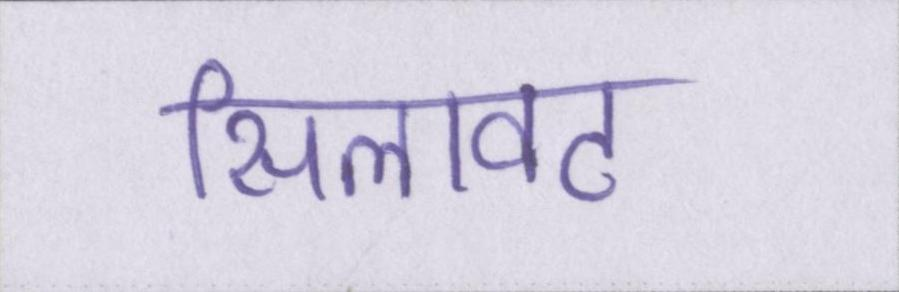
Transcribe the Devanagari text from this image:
सिलावट